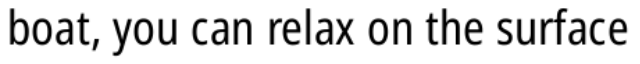
boat, you can relax on the surface